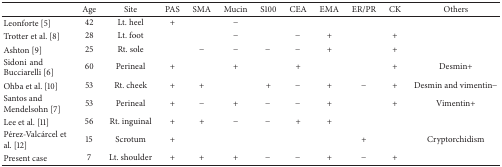
<table><thead><tr><td><b> </b></td><td><b>Age</b></td><td><b>Site</b></td><td><b>PAS</b></td><td><b>SMA</b></td><td><b>Mucin</b></td><td><b>S100</b></td><td><b>CEA</b></td><td><b>EMA</b></td><td><b>ER/PR</b></td><td><b>CK</b></td><td><b>Others</b></td></tr></thead><tbody><tr><td>Leonforte [5]</td><td>42</td><td>Lt. heel</td><td>+</td><td> </td><td>−</td><td> </td><td> </td><td> </td><td> </td><td> </td><td> </td></tr><tr><td>Trotter et al. [8]</td><td>28</td><td>Lt. foot</td><td> </td><td> </td><td>−</td><td> </td><td>−</td><td>+</td><td> </td><td>+</td><td> </td></tr><tr><td>Ashton [9]</td><td>25</td><td>Rt. sole</td><td> </td><td>−</td><td>−</td><td>−</td><td>−</td><td>+</td><td> </td><td>+</td><td> </td></tr><tr><td>Sidoniand Bucciarelli [6]</td><td>60</td><td>Perineal</td><td>+</td><td> </td><td>+</td><td> </td><td>+</td><td> </td><td> </td><td>+</td><td>Desmin+</td></tr><tr><td>Ohba et al. [10]</td><td>53</td><td>Rt. cheek</td><td>+</td><td>+</td><td> </td><td>+</td><td>−</td><td>+</td><td>−</td><td>+</td><td>Desmin and vimentin−</td></tr><tr><td>Santos and Mendelsohn [7]</td><td>53</td><td>Perineal</td><td>+</td><td>−</td><td>+</td><td>−</td><td>−</td><td>+</td><td> </td><td>+</td><td>Vimentin+</td></tr><tr><td>Lee et al. [11]</td><td>56</td><td>Rt. inguinal</td><td>+</td><td>+</td><td>−</td><td>−</td><td>+</td><td>+</td><td> </td><td> </td><td> </td></tr><tr><td>Pérez-Valcárcel et al. [12]</td><td>15</td><td>Scrotum</td><td>+</td><td> </td><td> </td><td> </td><td> </td><td> </td><td>+</td><td> </td><td>Cryptorchidism</td></tr><tr><td>Present case</td><td>7</td><td>Lt. shoulder</td><td>+</td><td>+</td><td>+</td><td>−</td><td>−</td><td>+</td><td>−</td><td>+</td><td> </td></tr></tbody></table>